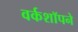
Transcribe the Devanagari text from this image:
वर्कशॉपने